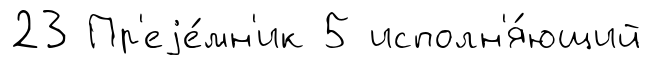
23 Пр'еjе́мн'ик 5 исполн'я́ющий